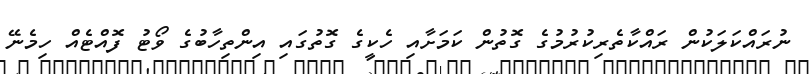
ނުރައްކަލަކުން ރައްކާތެރިކުރުމުގެ ގޮތުން ކަމަށާއި ހެކީގެ ގޮތުގައި އިންތިހާބުގެ ވޯޓު ފޮއްޓެއް ހިމެނޭ